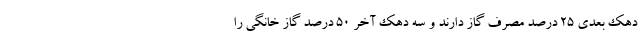
دهک بعدی ۲۵ درصد مصرف گاز دارند و سه دهک آخر ۵۰ درصد گاز خانگی را